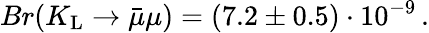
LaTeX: Br(K_{\mathrm{L}}\to\bar{\mu}\mu)=(7.2\pm 0.5)\cdot 10^{-9}\, .